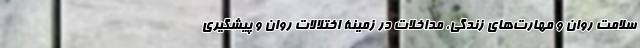
سلامت روان و مهارت‌های زندگی، مداخلات در زمینۀ اختلالات روان و پیشگیری